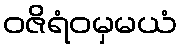
ဝဇိရံဝမှမယံ